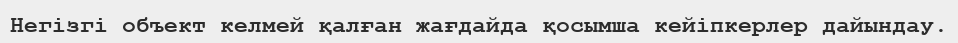
Негізгі объект келмей қалған жағдайда қосымша кейіпкерлер дайындау.